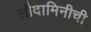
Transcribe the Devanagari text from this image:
सौदामिनीची